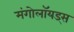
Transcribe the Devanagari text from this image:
मंगोलॉयड्स